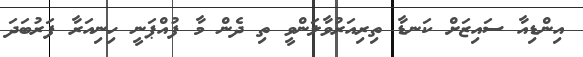
އިންޑިއާ ސައިޒަށް ކަނޑާ ތިރިއަރުވާލަންވީ ތި ދެން މާ ފުއްޕަނީ ހިނިއަރާ ފަރުބަދަ